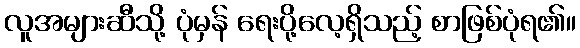
လူအများဆီသို့ ပုံမှန် ရေးပို့လေ့ရှိသည့် စာဖြစ်ပုံရ၏။